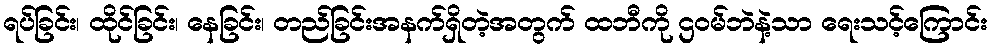
ရပ်ခြင်း၊ ထိုင်ခြင်း၊ နေခြင်း၊ တည်ခြင်းအနက်ရှိတဲ့အတွက် ထဘီကို ဌဝမ်ဘဲနဲ့သာ ရေးသင့်ကြောင်း